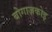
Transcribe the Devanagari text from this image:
बोगाज़कोइ